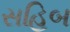
સહિબ